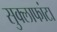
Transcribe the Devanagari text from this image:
सुक्लाफांटा